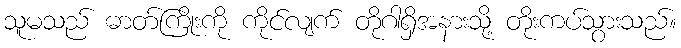
သူမသည် ဓာတ်ကြိုးကို ကိုင်လျက် တိုဂါရှိအနားသို့ တိုးကပ်သွားသည်။